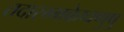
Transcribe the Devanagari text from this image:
तदारम्भकेष्वणुषु